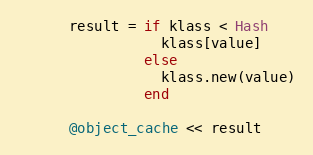
Language: Ruby
      result = if klass < Hash
                 klass[value]
               else
                 klass.new(value)
               end

      @object_cache << result